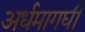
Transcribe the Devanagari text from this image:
अर्धमागघी